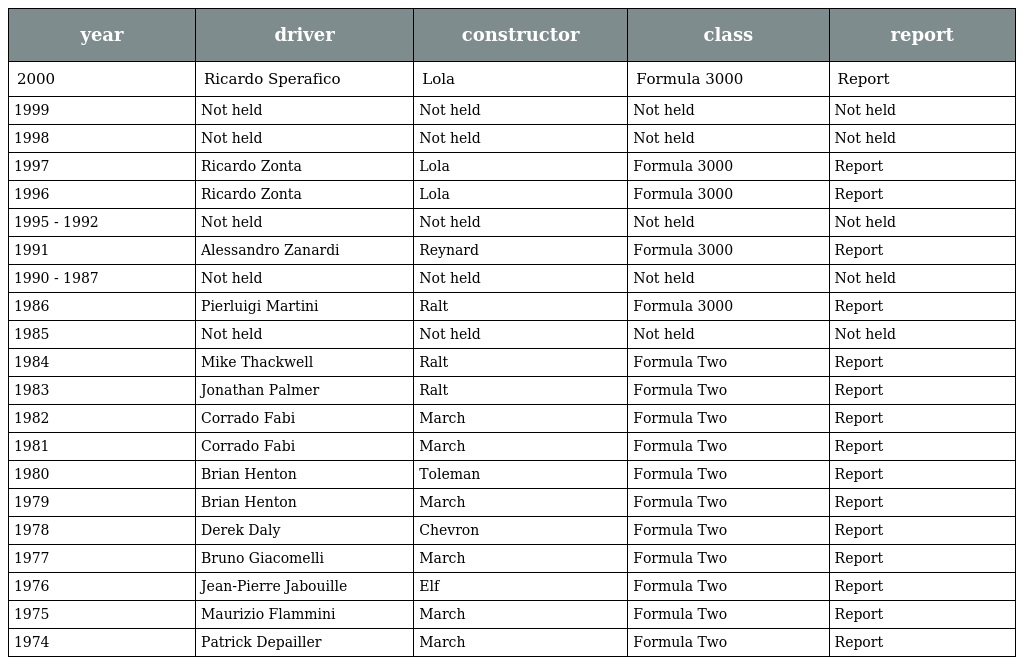
| year | driver | constructor | class | report |
 | --- | --- | --- | --- | --- |
 | 2000 | Ricardo Sperafico | Lola | Formula 3000 | Report |
 | 1999 | Not held | Not held | Not held | Not held |
 | 1998 | Not held | Not held | Not held | Not held |
 | 1997 | Ricardo Zonta | Lola | Formula 3000 | Report |
 | 1996 | Ricardo Zonta | Lola | Formula 3000 | Report |
 | 1995 - 1992 | Not held | Not held | Not held | Not held |
 | 1991 | Alessandro Zanardi | Reynard | Formula 3000 | Report |
 | 1990 - 1987 | Not held | Not held | Not held | Not held |
 | 1986 | Pierluigi Martini | Ralt | Formula 3000 | Report |
 | 1985 | Not held | Not held | Not held | Not held |
 | 1984 | Mike Thackwell | Ralt | Formula Two | Report |
 | 1983 | Jonathan Palmer | Ralt | Formula Two | Report |
 | 1982 | Corrado Fabi | March | Formula Two | Report |
 | 1981 | Corrado Fabi | March | Formula Two | Report |
 | 1980 | Brian Henton | Toleman | Formula Two | Report |
 | 1979 | Brian Henton | March | Formula Two | Report |
 | 1978 | Derek Daly | Chevron | Formula Two | Report |
 | 1977 | Bruno Giacomelli | March | Formula Two | Report |
 | 1976 | Jean-Pierre Jabouille | Elf | Formula Two | Report |
 | 1975 | Maurizio Flammini | March | Formula Two | Report |
 | 1974 | Patrick Depailler | March | Formula Two | Report |